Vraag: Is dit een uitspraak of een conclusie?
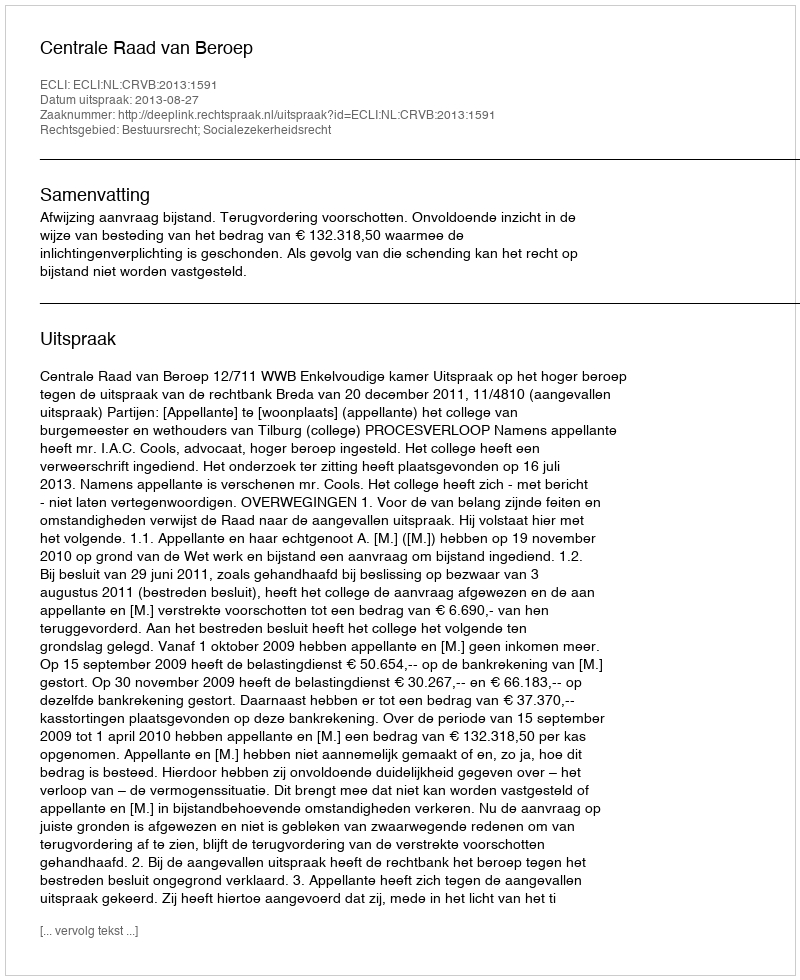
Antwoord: Uitspraak